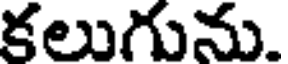
కలుగును.